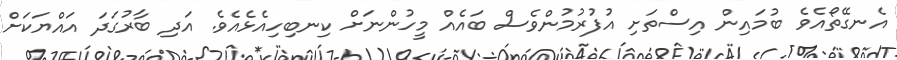
އެނގޭތޯއެވެ ބުމައިން އިސްތަށި އުފުރުމުންވެސް ބައެއް މީހުންނަށް ކިނބިހިއެޅެއެވެ. އަދި ބާރުގަދަ އައްޔަކަށް